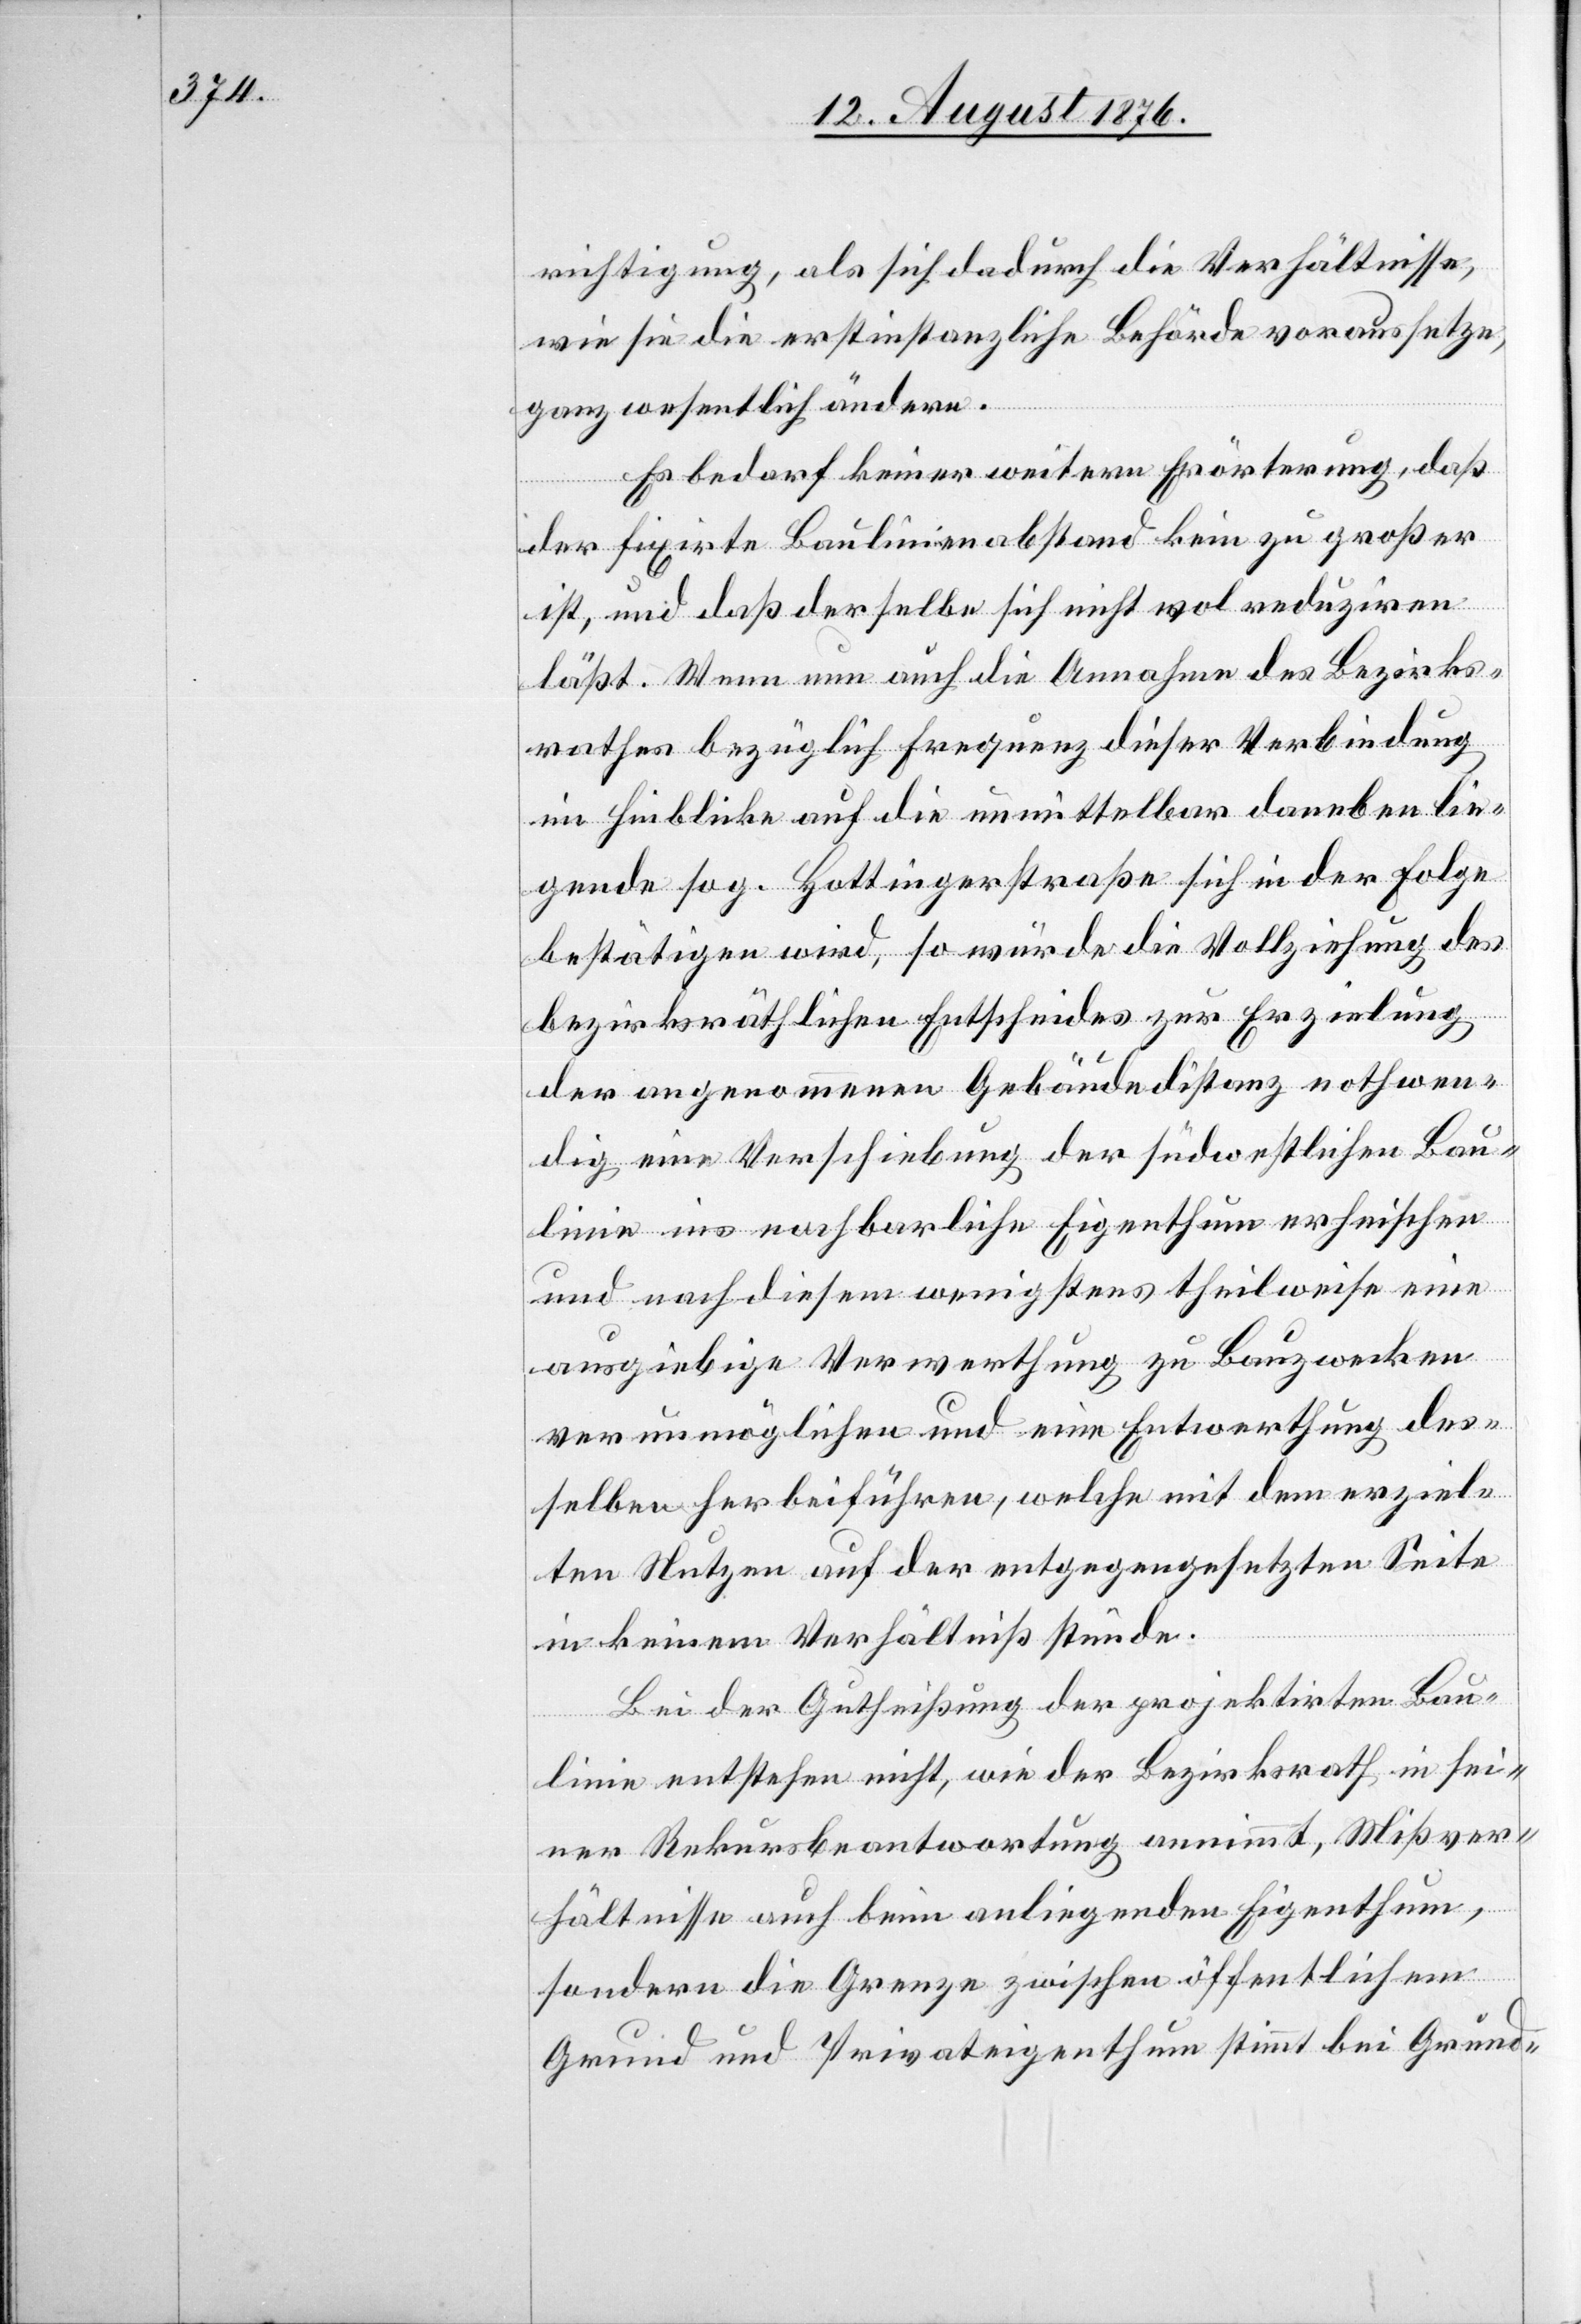
richtigung, als sich dadurch die Verhältnisse,
wie sie die erstinstanzliche Behörde voraussetze,
ganz wesentlich ändern.
Es bedarf keiner weitern Erörterung, daß
der fixirte Baulinienabstand kein zu großer
ist, und daß derselbe sich nicht wol reduziren
läßt. Wenn nun auch die Annahme des Bezirks¬
rathes bezüglich Frequenz dieser Verbindung
im Hinblicke auf die unmittelbar daneben lie¬
gende sog. Hottingerstraße sich in der Folge
bestätigen wird, so würde die Vollziehung des
bezirksräthlichen Entscheides zur Erzielung
der angenommenen Gebäudedistanz nothwen¬
dig eine Verschiebung der südwestlichen Bau¬
linie ins nachbarliche Eigenthum erheischen
und nach diesem wenigstens theilweise eine
ausgiebige Verwerthung zu Bauzwecken
verunmöglichen und eine Entwerthung des¬
selben herbeiführen, welche mit dem erziel¬
ten Nutzen auf der entgegengesetzten Seite
in keinem Verhältniß stünde.
Bei der Gutheißung der projektirten Bau¬
linie entstehen nicht, wie der Bezirksrath in sei¬
ner Rekursbeantwortung annimmt, Mißver¬
hältnisse auch beim anliegenden Eigenthum,
sondern die grenze zwischen öffentlichem
Grund und Privateigenthum stimmt bei Grund-